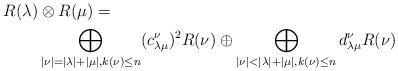
LaTeX: \begin{align*} R(\lambda) & \otimes R(\mu) = \\ & \bigoplus_{|\nu| = |\lambda| + |\mu|, k(\nu) \leq n} (c_{\lambda \mu}^{\nu})^2 R(\nu) \oplus \bigoplus_{|\nu| < |\lambda| + |\mu|, k(\nu) \leq n} d_{\lambda \mu}^{\nu} R(\nu)\end{align*}